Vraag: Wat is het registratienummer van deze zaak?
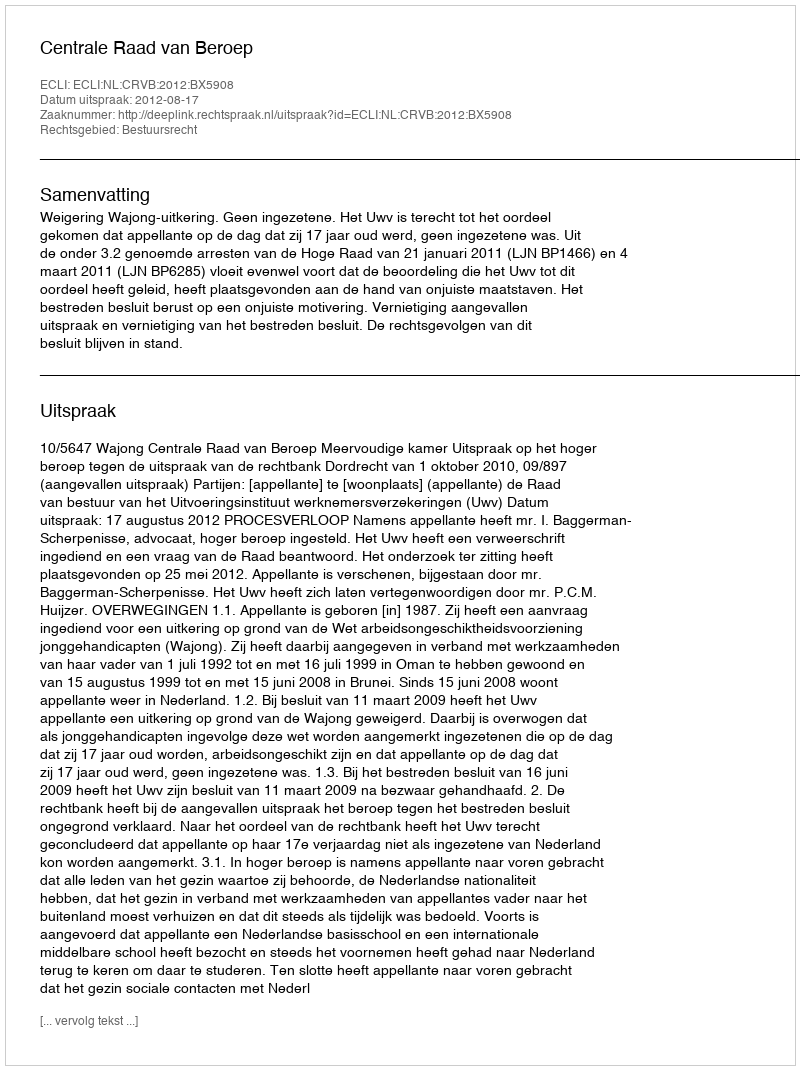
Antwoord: http://deeplink.rechtspraak.nl/uitspraak?id=ECLI:NL:CRVB:2012:BX5908